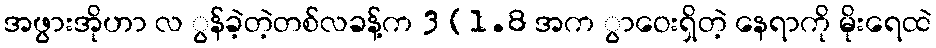
အဖွားအိုဟာ လ ွန်ခဲ့တဲ့တစ်လခန့်က 3 (1.8 အက ွာဝေးရှိတဲ့ နေရာကို မိုးရေထဲ